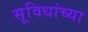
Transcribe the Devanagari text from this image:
सूविधांच्या